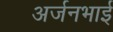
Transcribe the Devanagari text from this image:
अर्जनभाई